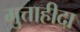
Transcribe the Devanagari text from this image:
मुत्ताहीदा